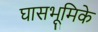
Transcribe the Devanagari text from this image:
घासभूमिके